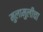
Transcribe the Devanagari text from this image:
मुलामुलींचा